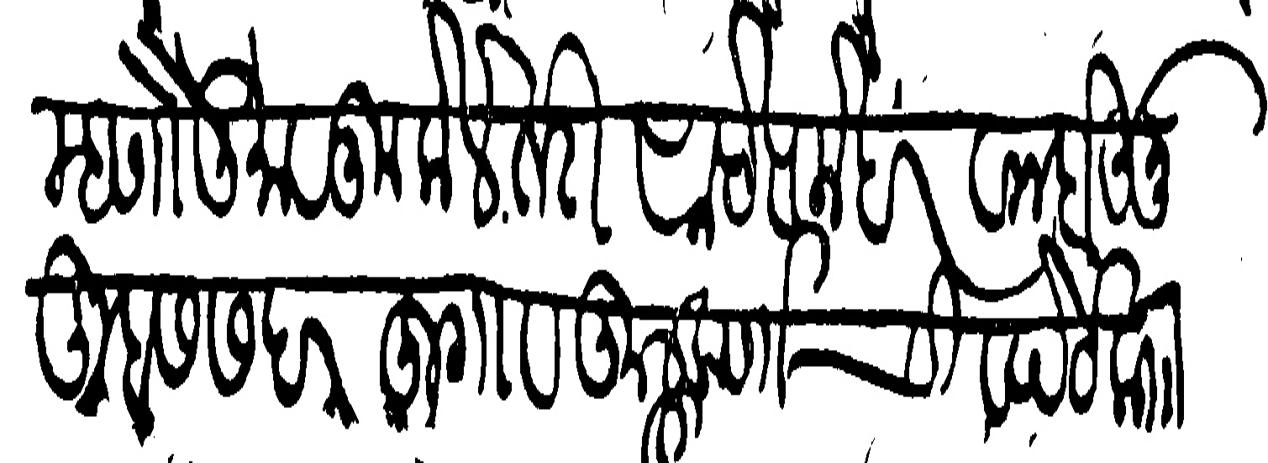
Transliteration (Devanagari): म्हणौनू माळूम केले तरी साहेब मेहरवान होऊनु तुम्हास सदरहू गांव कुलकर्णाची व पेठ काा